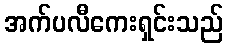
အက်ပလီကေးရှင်းသည်